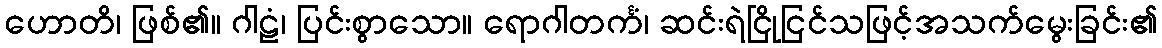
ဟောတိ၊ ဖြစ်၏။ ဂါဠံ၊ ပြင်းစွာသော။ ရောဂါတင်္ကံ၊ ဆင်းရဲငြိုငြင်သဖြင့်အသက်မွေးခြင်း၏